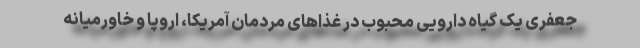
جعفری یک گیاه دارویی محبوب در غذاهای مردمان آمریکا، اروپا و خاورمیانه